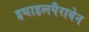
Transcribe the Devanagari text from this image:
इथाइलपैराबेन